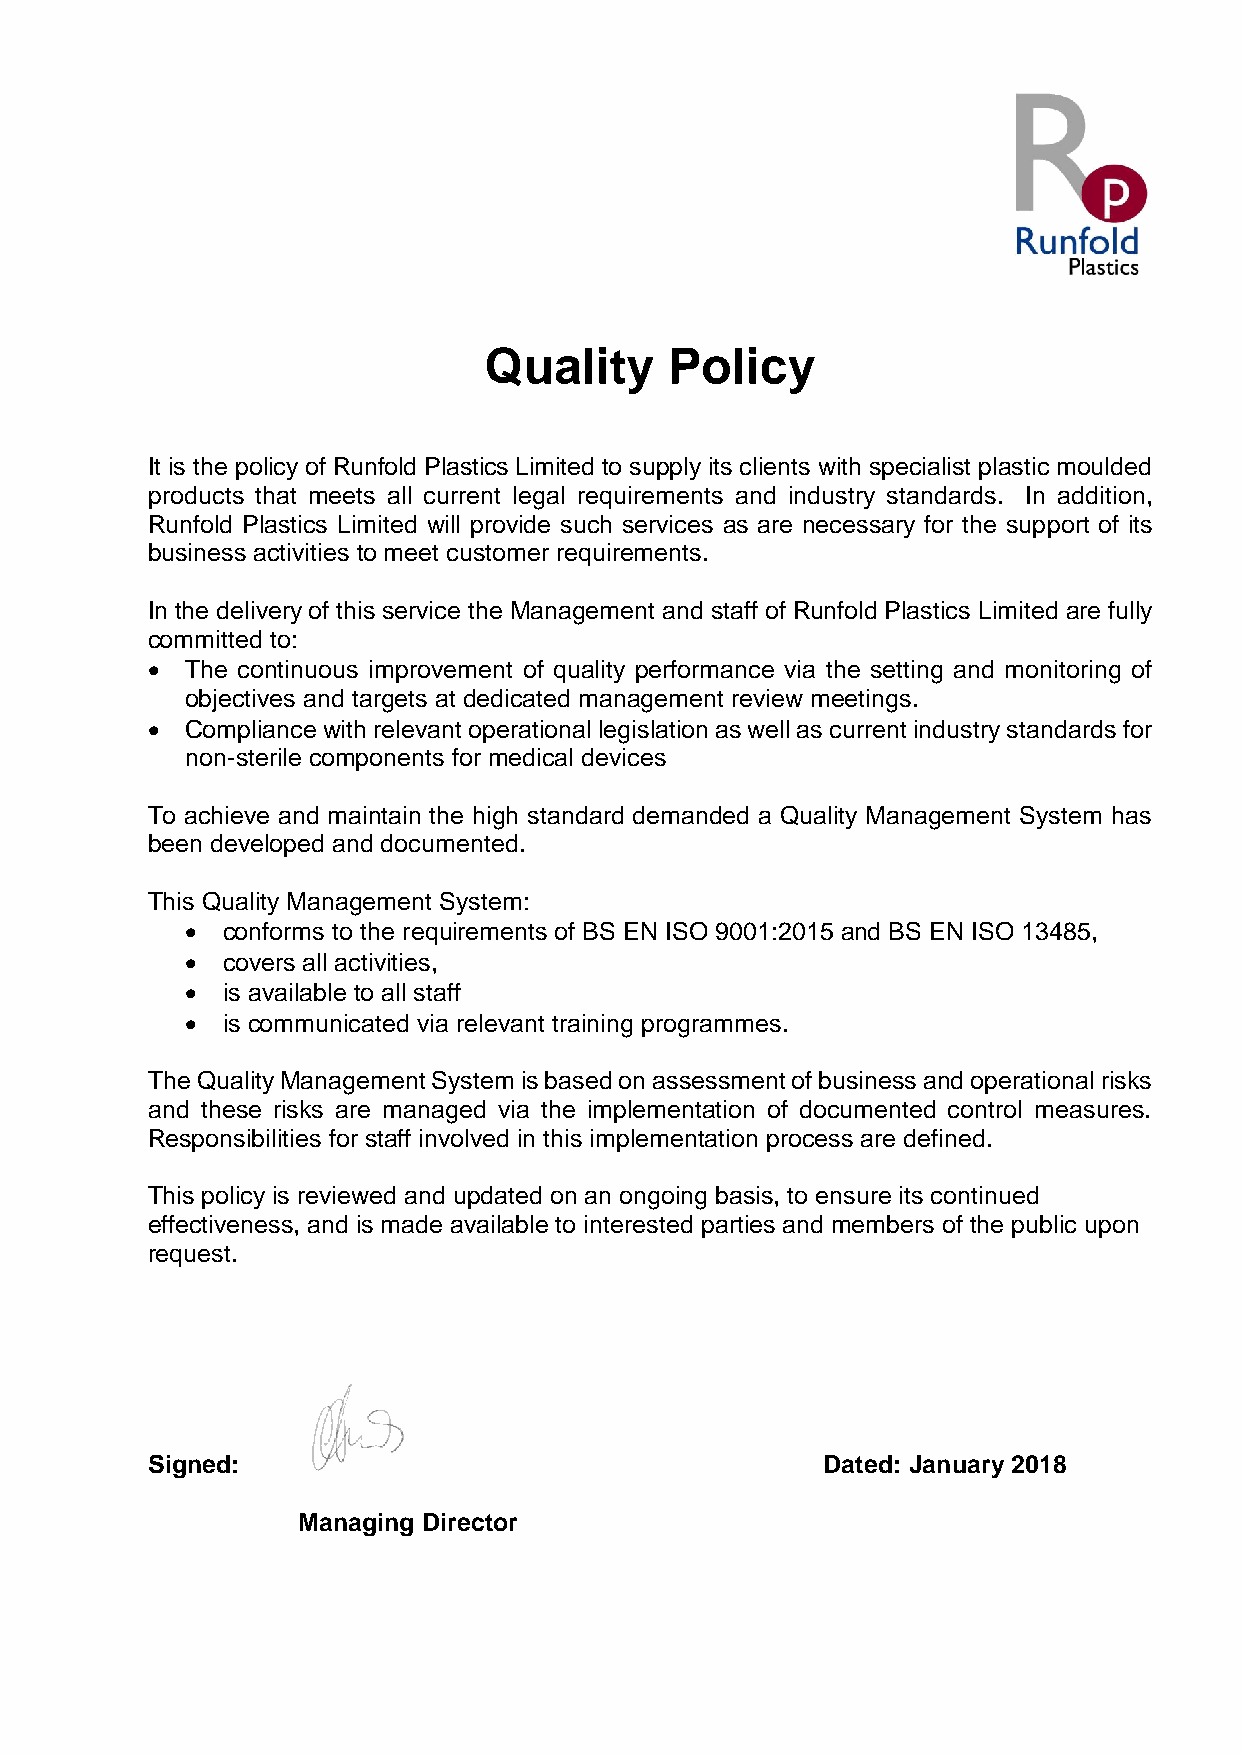
Quality     Policy
 It is the policy of Runfold Plastics Limited to supply its clients with specialist plastic moulded
 products that meets all current legal requirements and industry standards. In addition,
 Runfold Plastics Limited will provide such services as are necessary for the support of its
 business activities to meet customer requirements.
 In the delivery of this service the Management and staff of Runfold Plastics Limited are fully
 committed to:
  The continuous improvement of quality performance via the setting and monitoring of
 objectives and targets at dedicated management review meetings.
  Compliance with relevant operational legislation as well as current industry standards for
 non-sterile components for medical devices
 To achieve and maintain the high standard demanded a Quality Management System has
 been developed and documented.
 This Quality Management System:
   conforms to the requirements of BS EN ISO 9001:2015 and BS EN ISO 13485,
   covers all activities,
   is available to all staff
   is communicated via relevant training programmes.
 The Quality Management System is based on assessment of business and operational risks
 and these risks are managed via the implementation of documented control measures.
 Responsibilities for staff involved in this implementation process are defined.
 This policy is reviewed and updated on an ongoing basis, to ensure its continued
 effectiveness, and is made available to interested parties and members of the public upon
 request.
 Signed:                                     Dated: January 2018
 Managing Director